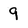
Character: 9